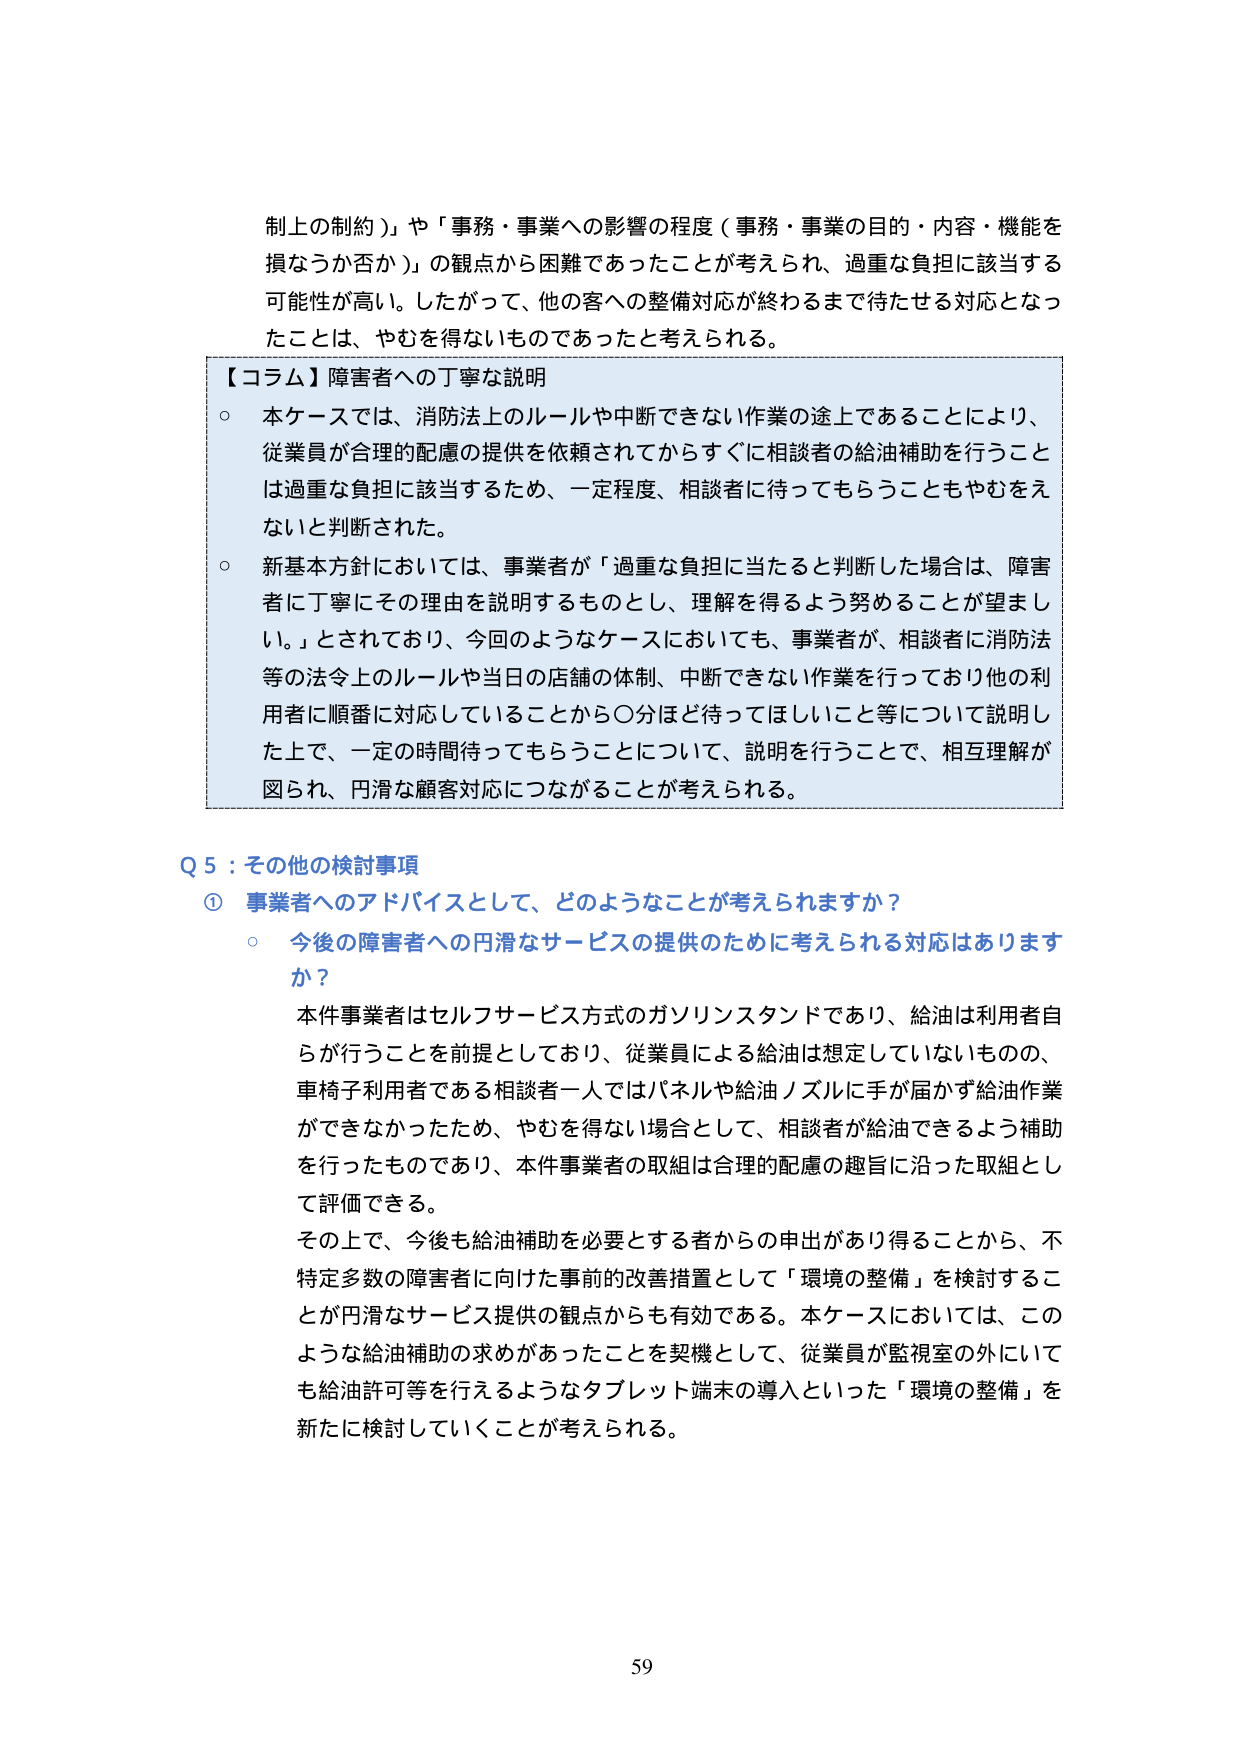
制上の制約）」や「事務・事業への影響の程度（事務・事業の目的・内容・機能を損なうか否か）」の観点から困難であったことが考えられ、過重な負担に該当する可能性が高い。したがって、他の客への整備対応が終わるまで待たせる対応となったことは、やむを得ないものであったと考えられる。

【コラム】障害者への丁寧な説明
○ 本ケースでは、消防法上のルールや中断できない作業の途上であることにより、従業員が合理的配慮の提供を依頼されてからすぐに相談者の給油補助を行うことは過重な負担に該当するため、一定程度、相談者に待ってもらうこともやむをえない判断された。
○ 新基本方針においては、事業者が「過重な負担に当たると判断した場合は、障害者に丁寧にその理由を説明するものとし、理解を得るよう努めることが望ましい。」とされており、今回のようなケースにおいても、事業者が、相談者に消防法等の法令上のルールや当日の店舗の体制、中断できない作業を行っており他の利用者に順番に対応していることから○分ほど待ってほしいこと等について説明した上で、一定の時間待ってもらうことについて、説明を行うことで、相互理解が図られ、円滑な顧客対応につながることが考えられる。

Q 5：その他の検討事項
① 事業者へのアドバイスとして、どのようなことが考えられますか？
○ 今後の障害者への円滑なサービスの提供のために考えられる対応はありますか？
本件事業者はセルフサービス方式のガソリンスタンドであり、給油は利用者自らが行うことを前提としており、従業員による給油は想定していないものの、車椅子利用者である相談者一人ではパネルや給油ノズルに手が届かず給油作業ができなかったため、やむを得ない場合として、相談者が給油できるよう補助を行ったものであり、本件事業者の取組は合理的配慮の趣旨に沿った取組として評価できる。
その上で、今後も給油補助を必要とする者からの申出があり得ることから、不特定多数の障害者に向けた事前の改善措置として「環境の整備」を検討することが円滑なサービス提供の観点からも有効である。本ケースにおいては、このような給油補助の求めがあったことを契機として、従業員が監視室の外にいても給油許可等を行えるようなタブレット端末の導入といった「環境の整備」を新たに検討していくことが考えられる。

59